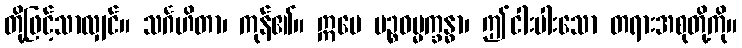
တို့ဖြင့်သာလျှင်။ သင်္ဂဟိတာ၊ ကုန်၏။ ဣမေ ပဉ္စဓမ္မက္ခန္ဓာ၊ ဤငါးပါးသော တရားအစုတို့ကို။